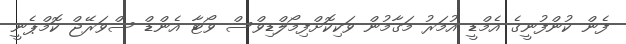
ފެން ކުންފުނީގެ އެމްޑީ އުމަރު މަގާމުން ވަކިކޮށްފިމޯލްޑިވްސް ވޯޓާ އެންޑް ސްވަރޭޖް ކޮމްޕެނީ